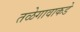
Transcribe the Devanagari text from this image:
तळेगावाकडे